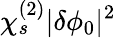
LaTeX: \chi_{s}^{(2)}|\delta\phi_{0}|^{2}